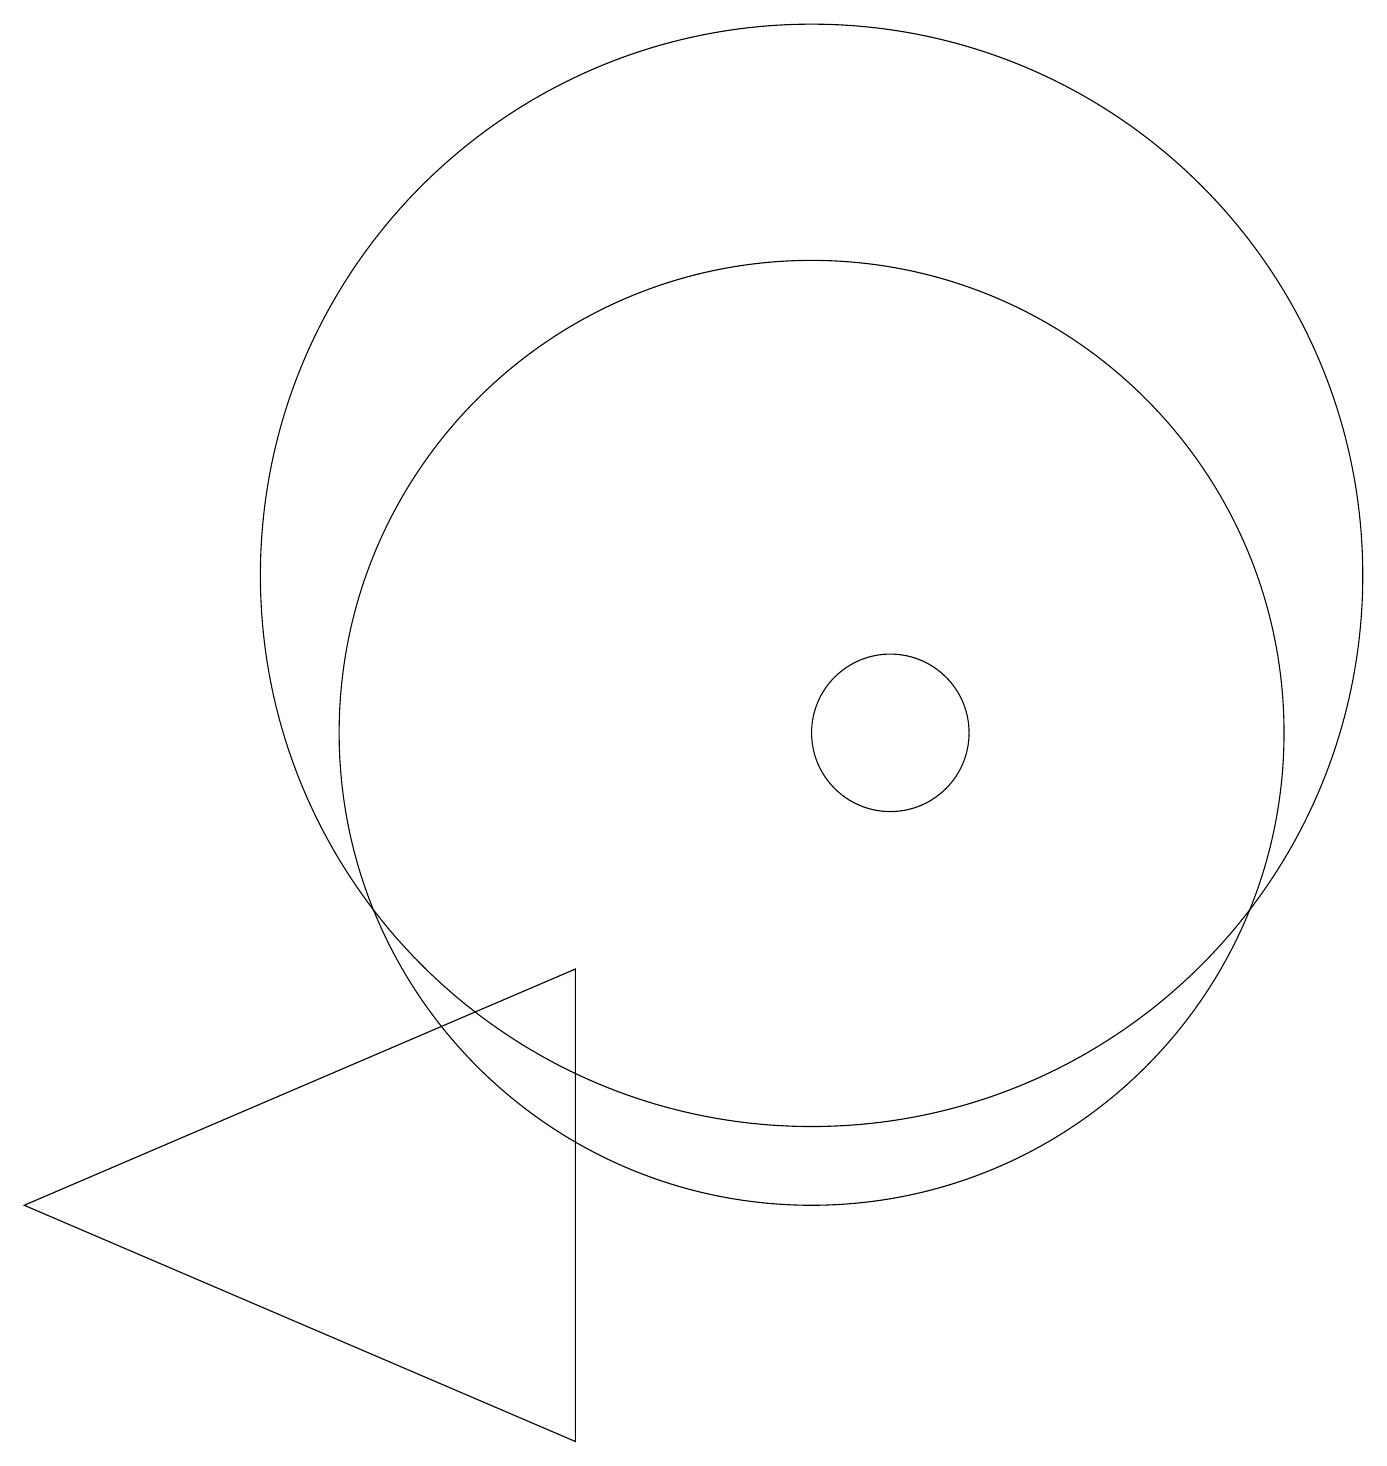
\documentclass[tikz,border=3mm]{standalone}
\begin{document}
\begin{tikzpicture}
\draw (11,12) circle (7);
\draw (1,4) -- (8,1) -- (8,7) -- cycle;
\draw (11,10) circle (6);
\draw (12,10) circle (1);
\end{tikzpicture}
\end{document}